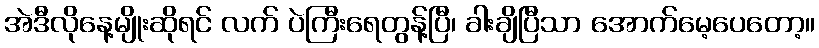
အဲဒီလိုနေ့မျိုးဆိုရင် လက် ပဲကြီးရေတွန့်ပြီ၊ ခါးချိပြီသာ အောက်မေ့ပေတော့။